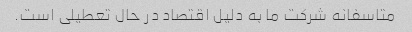
متاسفانه شرکت ما به دلیل اقتصاد در حال تعطیلی است.